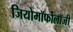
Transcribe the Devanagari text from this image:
जियोमॉर्फोलॉजी